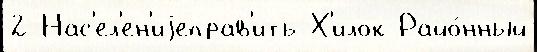
2 Нас'ел'ен'иjеправ'ить Х'илок Райо́нный